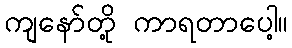
ကျနော်တို့ ကာရတာပေါ့။